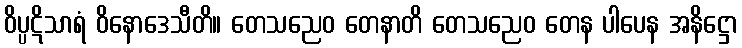
ဝိပ္ပဋိသာရံ ဝိနောဒေသီတိ။ တေသညေဝ တေနာတိ တေသညေဝ တေန ပါပေန အနိဋ္ဌော